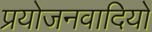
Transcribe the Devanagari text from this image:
प्रयोजनवादियों